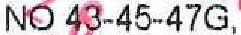
NO 43-45-47G,